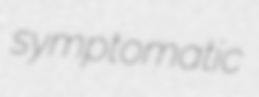
symptomatic